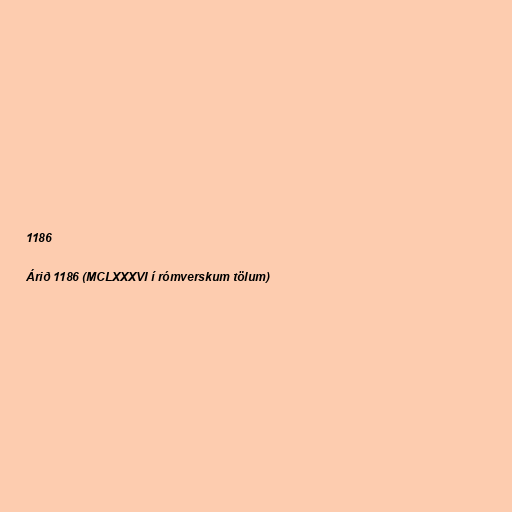
1186

Árið 1186 (MCLXXXVI í rómverskum tölum)